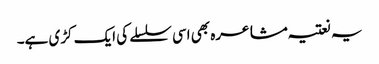
یہ نعتیہ مشاعرہ بھی اسی سلسلے کی ایک کڑی ہے۔